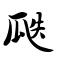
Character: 瓞